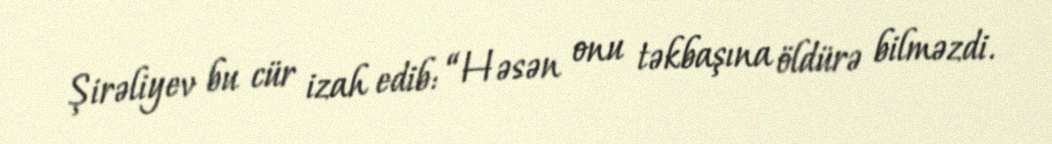
Şirəliyev bu cür izah edib: “Həsən onu təkbaşına öldürə bilməzdi.